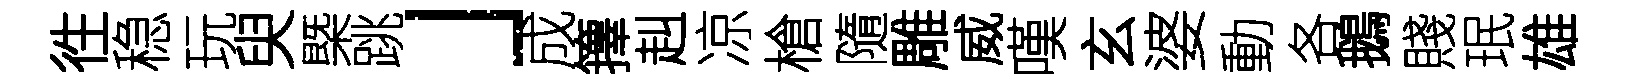
徃稳玩臾㮣跳」成籜赳凉槍隨雕威嘆玄婆動各鵝賤珉雄